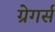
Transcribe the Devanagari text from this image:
ग्रेगर्स